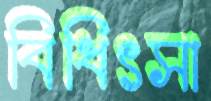
বিধিৎসা